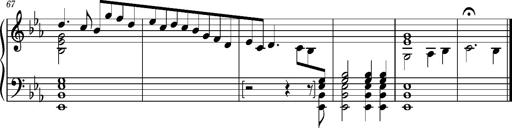
Title: PrÃ©ludes et Harmonies poÃ©tiques et religieuses
Composer: Franz Liszt